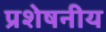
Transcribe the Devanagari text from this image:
प्रशेषनीय